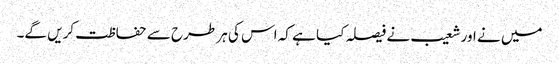
میں نے اور شعیب نے فیصلہ کیا ہے کہ اس کی ہر طرح سے حفاظت کریں گے۔